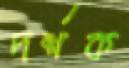
দর্শক